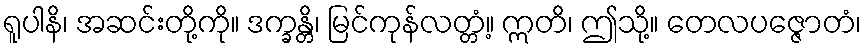
ရူပါနိ၊ အဆင်းတို့ကို။ ဒက္ခန္တိ၊ မြင်ကုန်လတ္တံ့။ ဣတိ၊ ဤသို့။ တေလပဇ္ဇောတံ၊